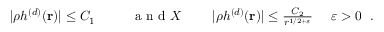
\begin{array} { r } { | \rho h ^ { ( d ) } ( { \bf r } ) | \leq C _ { 1 } ~ ~ ~ ~ ~ ~ ~ ~ \mathrm { ~ a ~ n ~ d ~ } X ~ ~ ~ ~ ~ ~ ~ | \rho h ^ { ( d ) } ( { \bf r } ) | \leq \frac { C _ { 2 } } { r ^ { 1 / 2 + \varepsilon } } ~ ~ ~ ~ \varepsilon > 0 ~ ~ . } \end{array}